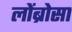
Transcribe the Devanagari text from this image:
लोंब्रोसा